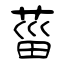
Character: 菑